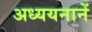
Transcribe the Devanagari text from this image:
अध्ययनानें